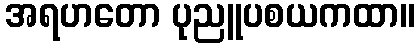
အရဟတော ပုညူပစယကထာ။